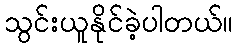
သွင်းယူနိုင်ခဲ့ပါတယ်။